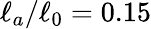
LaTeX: \ell_{a}/\ell_{0}=0.15